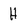
Character: H